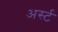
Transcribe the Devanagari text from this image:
अर्स्ट